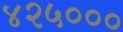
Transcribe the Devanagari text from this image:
४२५०००